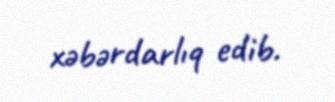
xəbərdarlıq edib.